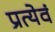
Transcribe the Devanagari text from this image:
प्रत्येवं